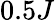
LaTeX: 0.5J